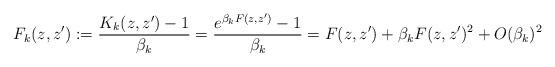
LaTeX: \begin{align*}F_k(z,z'):=\frac{K_k(z,z')-1}{\beta_k}=\frac{e^{\beta_kF(z,z')}-1}{\beta_k}= F(z,z')+\beta_kF(z,z')^2+O(\beta_k)^2\end{align*}